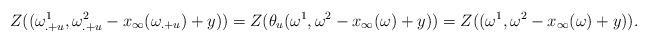
LaTeX: \begin{align*} Z( (\omega_{.+u}^1, \omega^2_{.+u}-x_{\infty}(\omega_{.+u}) + y) )= Z (\theta_u ( \omega^1, \omega^2-x_{\infty}(\omega) + y ))= Z( ( \omega^1, \omega^2-x_{\infty}(\omega) + y )).\end{align*}